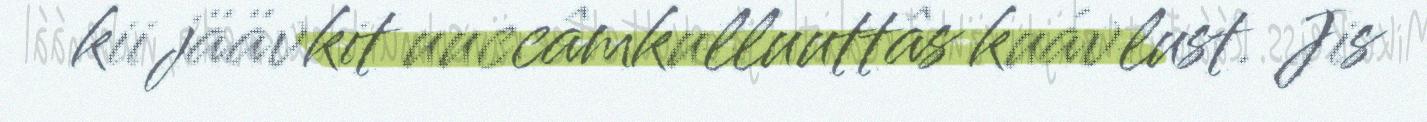
kii jäävkit uuccâmkulluuttâs kuávlust. Jis